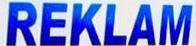
REKLAM